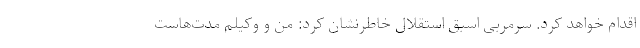
اقدام خواهد کرد. سرمربی اسبق استقلال خاطرنشان کرد: من و وکیلم مدت‌هاست